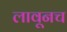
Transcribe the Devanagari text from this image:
लावूनच